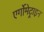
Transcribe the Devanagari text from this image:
एर्गोमेट्राइन